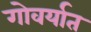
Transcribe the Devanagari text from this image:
गोवर्यात